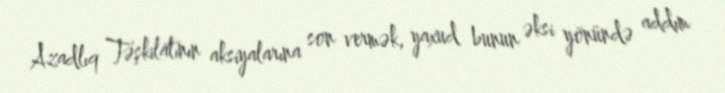
Azadlıq Təşkilatının aksiyalarına son vermək, yaxud bunun əksi yönündə addım